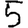
Digit: 5